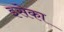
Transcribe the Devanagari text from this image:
इसेका